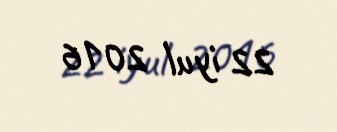
22 iyul 2016